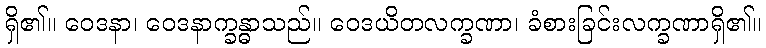
ရှိ၏။ ဝေဒနာ၊ ဝေဒနာက္ခန္ဓာသည်။ ဝေဒယိတလက္ခဏာ၊ ခံစားခြင်းလက္ခဏာရှိ၏။